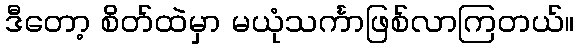
ဒီတော့ စိတ်ထဲမှာ မယုံသင်္ကာဖြစ်လာကြတယ်။